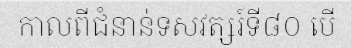
កាលពីជំនាន់ទសវត្សរ៍ទី៨០ បើ